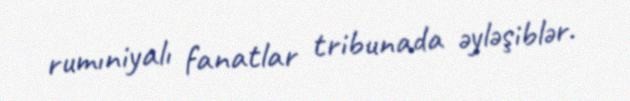
rumıniyalı fanatlar tribunada əyləşiblər.